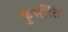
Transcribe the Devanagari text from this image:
कुभाँति